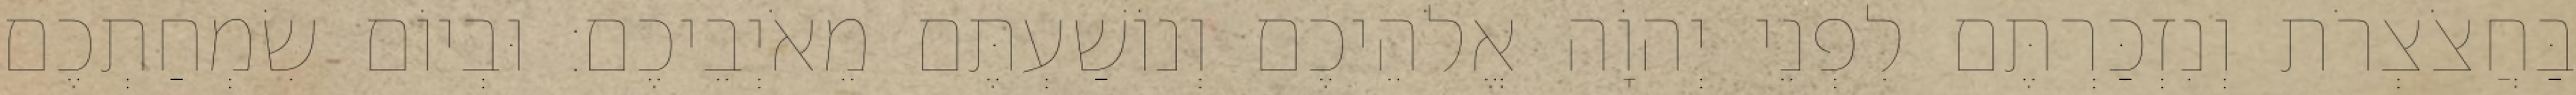
בַּחֲצֹצְרֹת וְנִזְכַּרְתֶּם לִפְנֵי יְהוָֹה אֱלֹהֵיכֶם וְנוֹשַׁעְתֶּם מֵאֹיְבֵיכֶם׃ וּבְיוֹם שִׂמְחַתְכֶם